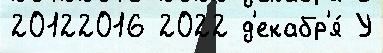
20122016 2022 д'екабр'я́ У